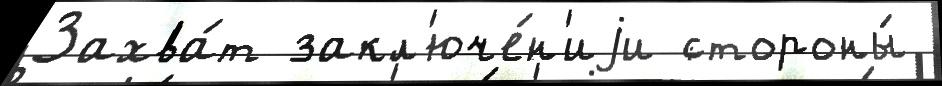
Захва́т закл'юче́н'иjи стороны́